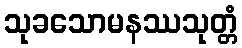
သုခသောမနဿသုတ္တံ